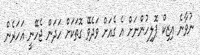
ނުވާނެ އިޒިކް ޕޮލިހުންނަށް އެ ގެއަށް ވަދެވޭ ގޮތަކަށް ހަދަން ޖެހޭނީ އަހަރެން